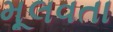
મૂલવતા